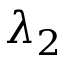
\lambda _ { 2 }